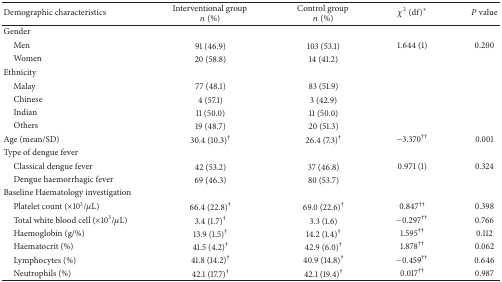
<table><thead><tr><td><b>Demographic characteristics</b></td><td><b>Interventional group <i>n</i> (%)</b></td><td><b>Control group <i>n</i> (%)</b></td><td><b><i>χ</i><sup>2</sup> (df)*</b></td><td><b><i>P</i> value</b></td></tr></thead><tbody><tr><td>Gender</td><td> </td><td> </td><td> </td><td> </td></tr><tr><td> Men</td><td>91 (46.9)</td><td>103 (53.1)</td><td>1.644 (1)</td><td>0.200</td></tr><tr><td> Women</td><td>20 (58.8)</td><td>14 (41.2)</td><td> </td><td> </td></tr><tr><td>Ethnicity</td><td> </td><td> </td><td> </td><td> </td></tr><tr><td> Malay</td><td>77 (48.1)</td><td>83 (51.9)</td><td> </td><td> </td></tr><tr><td> Chinese</td><td>4 (57.1)</td><td>3 (42.9)</td><td> </td><td> </td></tr><tr><td> Indian</td><td>11 (50.0)</td><td>11 (50.0)</td><td> </td><td> </td></tr><tr><td> Others</td><td>19 (48.7)</td><td>20 (51.3)</td><td> </td><td> </td></tr><tr><td>Age (mean/SD)</td><td>30.4 (10.3)<sup>†</sup></td><td>26.4 (7.3)<sup>†</sup></td><td>−3.370<sup>††</sup></td><td>0.001</td></tr><tr><td>Type of dengue fever</td><td> </td><td> </td><td> </td><td> </td></tr><tr><td> Classical dengue fever</td><td>42 (53.2)</td><td>37 (46.8)</td><td>0.971 (1)</td><td>0.324</td></tr><tr><td> Dengue haemorrhagic fever</td><td>69 (46.3)</td><td>80 (53.7)</td><td> </td><td> </td></tr><tr><td>Baseline Haematology investigation</td><td> </td><td> </td><td> </td><td> </td></tr><tr><td> Platelet count (×10<sup>3</sup>/<i>μ</i>L)</td><td>66.4 (22.8)<sup>†</sup></td><td>69.0 (22.6)<sup>†</sup></td><td>0.847<sup>††</sup></td><td>0.398</td></tr><tr><td> Total white blood cell (×10<sup>3</sup>/<i>μ</i>L)</td><td>3.4 (1.7)<sup>†</sup></td><td>3.3 (1.6)</td><td>−0.297<sup>††</sup></td><td>0.766</td></tr><tr><td> Haemoglobin (g/%)</td><td>13.9 (1.5)<sup>†</sup></td><td>14.2 (1.4)<sup>†</sup></td><td>1.595<sup>††</sup></td><td>0.112</td></tr><tr><td> Haematocrit (%)</td><td>41.5 (4.2)<sup>†</sup></td><td>42.9 (6.0)<sup>†</sup></td><td>1.878<sup>††</sup></td><td>0.062</td></tr><tr><td> Lymphocytes (%)</td><td>41.8 (14.2)<sup>†</sup></td><td>40.9 (14.8)<sup>†</sup></td><td>−0.459<sup>††</sup></td><td>0.646</td></tr><tr><td> Neutrophils (%)</td><td>42.1 (17.7)<sup>†</sup></td><td>42.1 (19.4)<sup>†</sup></td><td>0.017<sup>††</sup></td><td>0.987</td></tr></tbody></table>